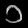
Digit: ၁